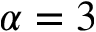
\alpha = 3